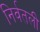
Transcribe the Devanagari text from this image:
निर्वतली